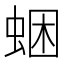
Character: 𧋕